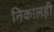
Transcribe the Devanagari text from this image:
निकालही